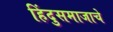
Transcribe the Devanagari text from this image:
हिंदुसमाजाचे